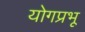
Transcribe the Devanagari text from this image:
योगप्रभू